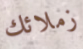
زملائك